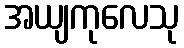
အယျကုလေသု